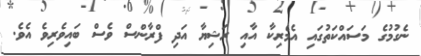
ނެގުމުގެ މަސައްކަތުގައި އެމެރިކާ އާއި ރަޝިޔާ އަދި ފްރާންސް ވެސް ބައިވެރިވެ އެވެ.